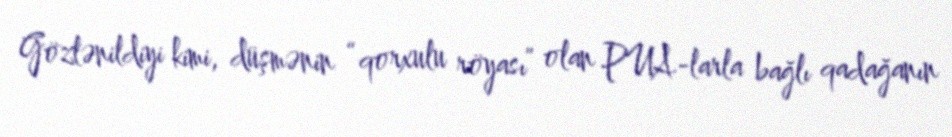
Gözlənildiyi kimi, düşmənin “qorxulu röyası” olan PUA-larla bağlı qadağanın